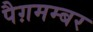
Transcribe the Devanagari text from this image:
पैग़मम्बर